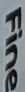
Fine